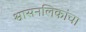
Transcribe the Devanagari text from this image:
श्वासनलिकांचा